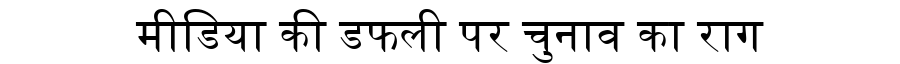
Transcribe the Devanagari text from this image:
मीडिया की डफली पर चुनाव का राग